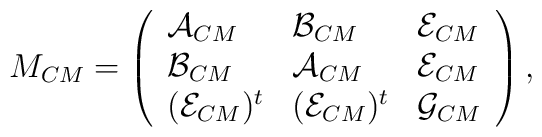
M_{CM}=\left(\begin{array}{lll}\mathcal{A}_{CM} & \mathcal{B}_{CM} & \mathcal{E}_{CM} \\\mathcal{B}_{CM} & \mathcal{A}_{CM} & \mathcal{E}_{CM} \\(\mathcal{E}_{CM})^{t} & (\mathcal{E}_{CM})^{t} & \mathcal{G}_{CM}\end{array}\right) ,